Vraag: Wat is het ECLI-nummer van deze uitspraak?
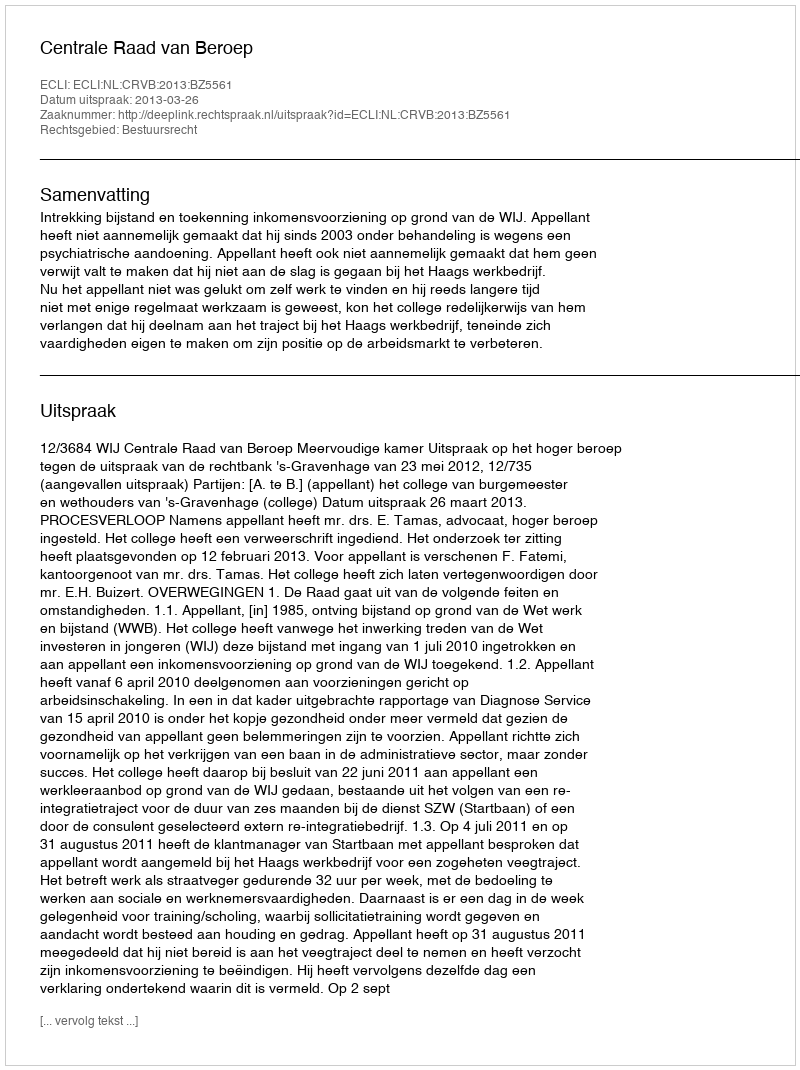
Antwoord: ECLI:NL:CRVB:2013:BZ5561